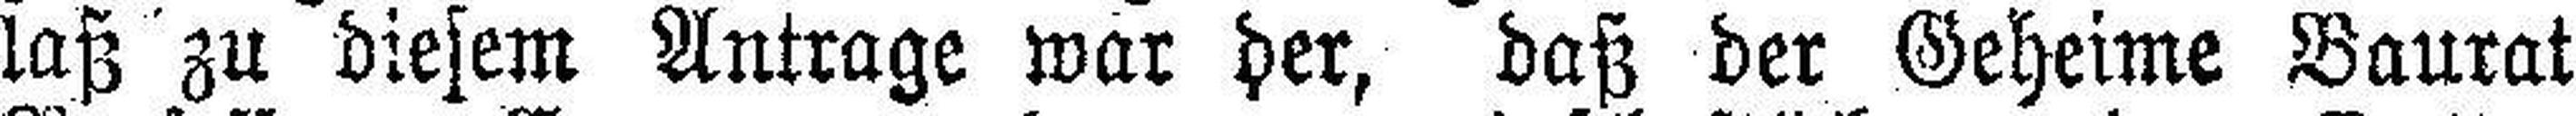
laß zu diesem Antrage war der, daß der Geheime Baurat